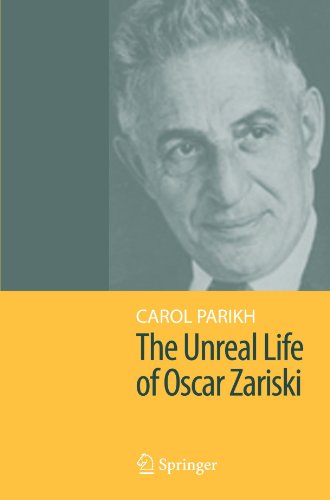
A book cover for The Unreal Life of Oscar Zariski; Carol Parikh; Science & Math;